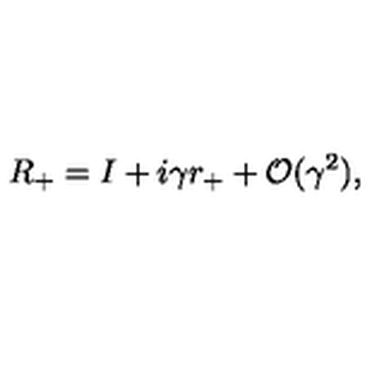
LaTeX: R _ { + } = I + i \gamma r _ { + } + { \cal O } ( \gamma ^ { 2 } ) ,